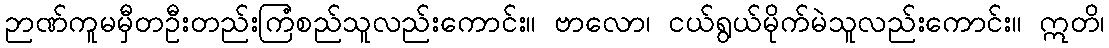
ဉာဏ်ကူမမှီတဦးတည်းကြံစည်သူလည်းကောင်း။ ဗာလော၊ ငယ်ရွယ်မိုက်မဲသူလည်းကောင်း။ ဣတိ၊